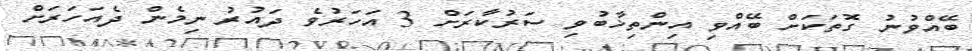
ބޭއްވުނު ގޮތަކަށް ބޭއްވި އިންތިޚާބުވި ސަރުކާރަށް 3 އަހަރުވެ ދައުރު ނިމެން ދެއަހަރަށް